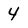
Character: 4